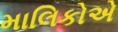
માલિકોએ